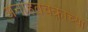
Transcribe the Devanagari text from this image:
अनाहतचक्राच्या